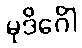
မုဒိင်္ဂေါ